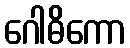
ဂေါဓိကော